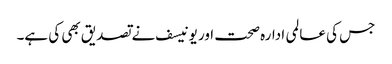
جس کی عالمی ادارہ صحت اور یونیسف نے تصدیق بھی کی ہے۔